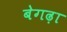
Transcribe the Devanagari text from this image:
बेगढ़ा